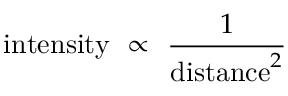
{ \mathrm { i n t e n s i t y } } \ \propto \ { \frac { 1 } { { \mathrm { d i s t a n c e } } ^ { 2 } } }